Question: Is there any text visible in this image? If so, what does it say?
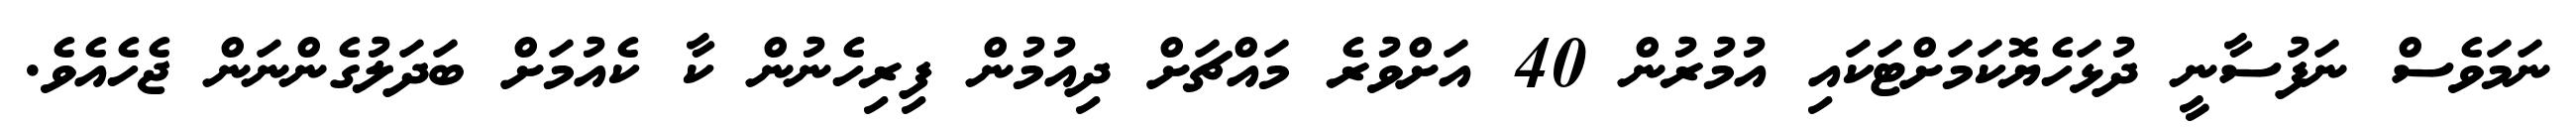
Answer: ނަމަވެސް ނަފުސާނީ ދުޅަހެޔޮކަމަށްޓަކައި އުމުރުން 40 އަށްވުރެ މައްޗަށް ދިއުމުން ފިރިހެނުން ކާ ކެއުމަށް ބަދަލުގެންނަން ޖެހެއެވެ.